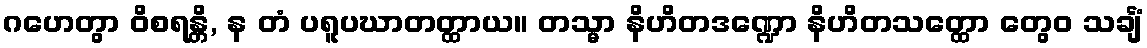
ဂဟေတွာ ဝိစရန္တိ, န တံ ပရူပဃာတတ္ထာယ။ တသ္မာ နိဟိတဒဏ္ဍော နိဟိတသတ္ထော တွေဝ သင်္ချံ